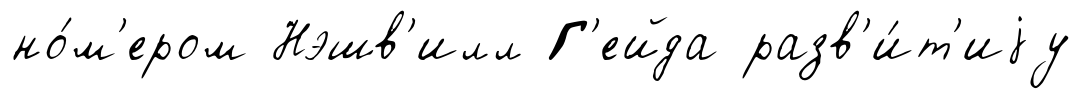
но́м'ером Нэшв'илл Г'ейда разв'и́т'иjу